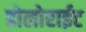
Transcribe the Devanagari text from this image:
डोलोराईट